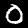
Label: 0